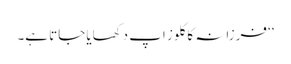
‘‘ فرزانہ کا کلوز اپ دکھایا جاتا ہے۔